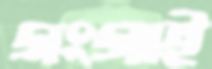
গংগাই